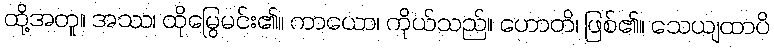
ထို့အတူ။ အဿ၊ ထိုမြွေမင်း၏။ ကာယော၊ ကိုယ်သည်။ ဟောတိ၊ ဖြစ်၏။ သေယျထာပိ